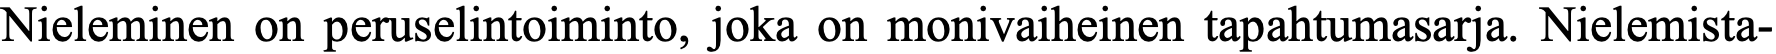
Nieleminen on peruselintoiminto, joka on monivaiheinen tapahtumasarja. Nielemista-